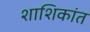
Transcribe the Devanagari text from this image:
शाशिकांत